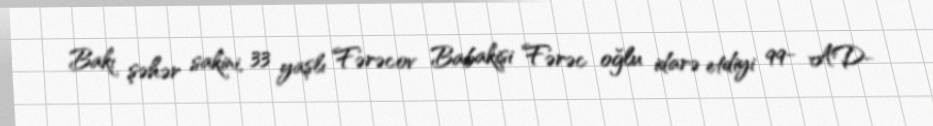
Bakı şəhər sakini, 33 yaşlı Fərəcov Babakişi Fərəc oğlu idarə etdiyi 99- AD-